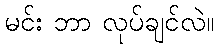
မင်း ဘာ လုပ်ချင်လဲ။